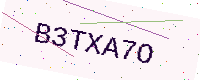
Text: B3TXA7O